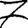
Digit: 7